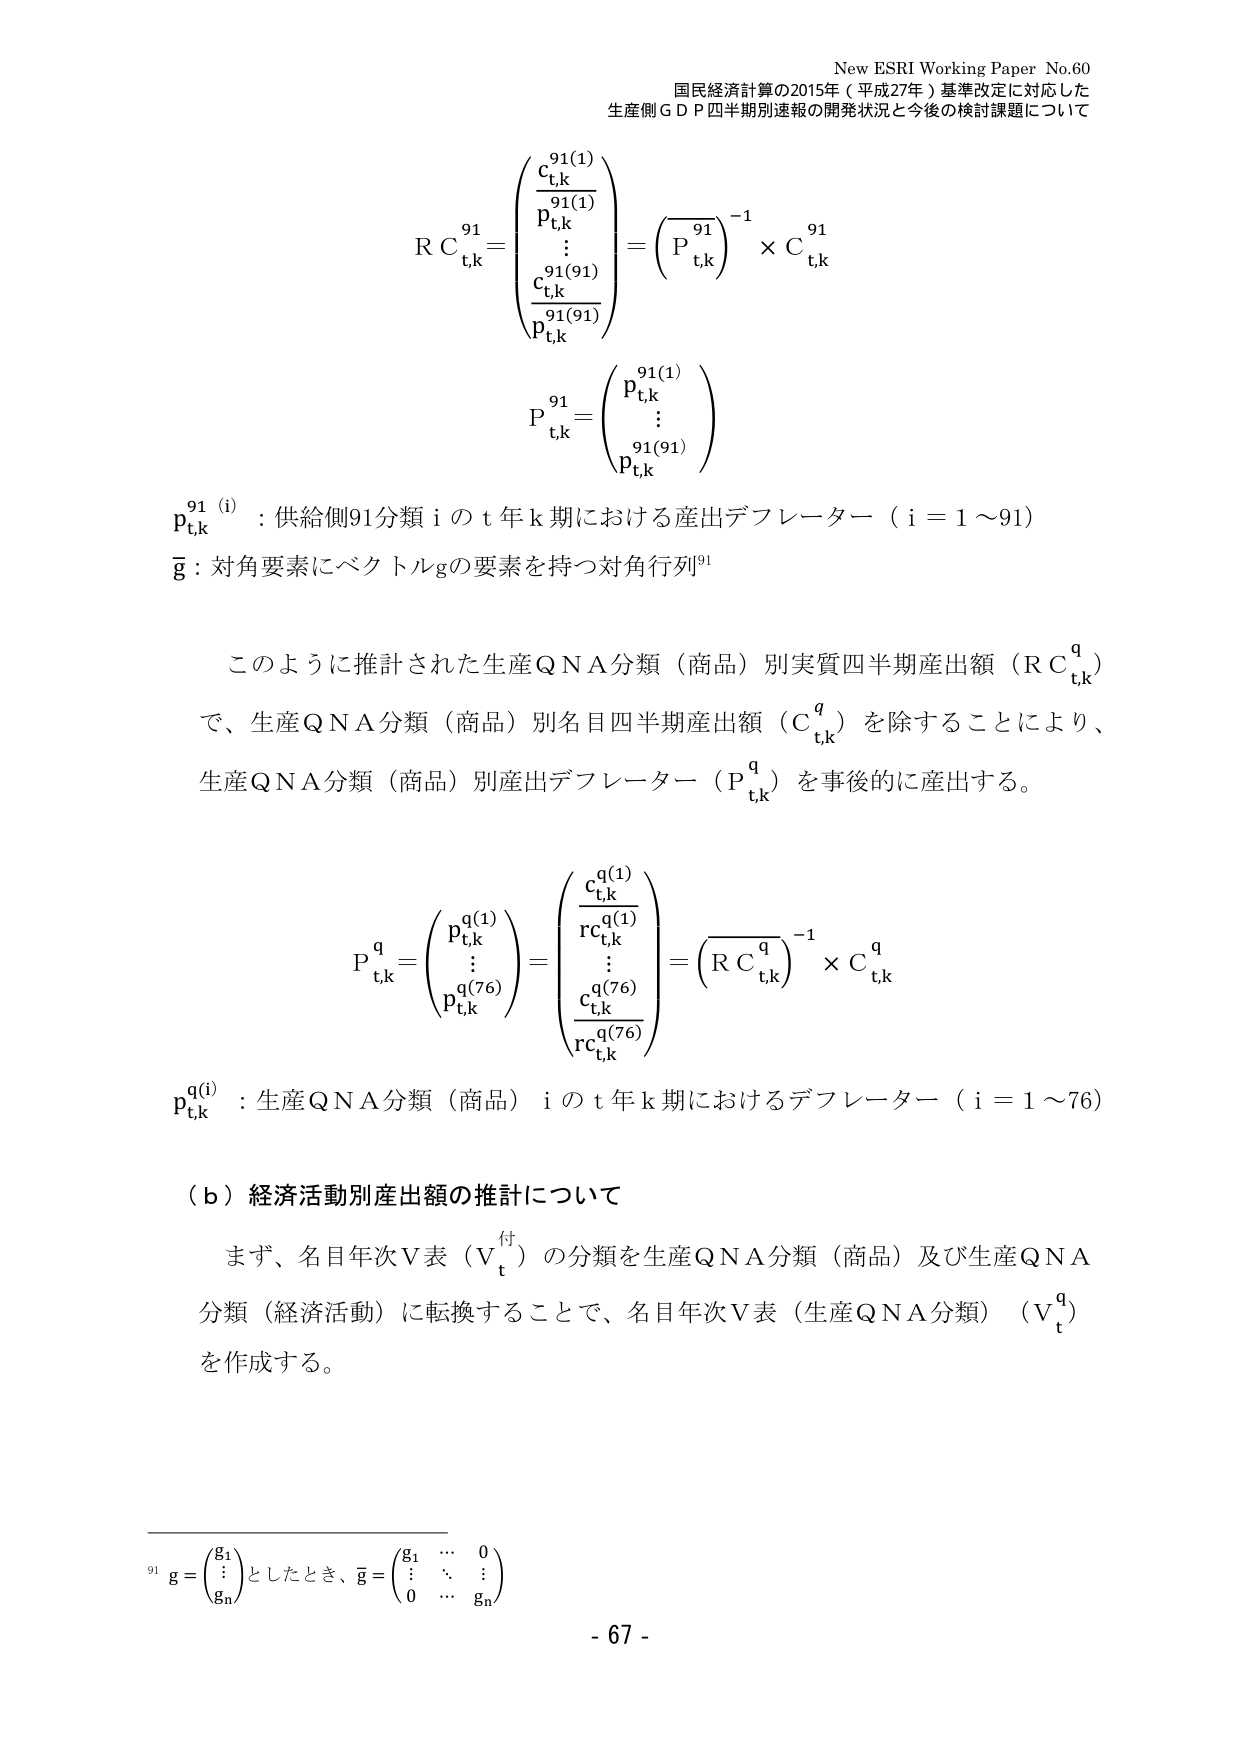
New ESRI Working Paper No.60
国民経済計算の2015年（平成27年）基準改定に対応した
生産側ＧＤＰ四半期別速報の開発状況と今後の検討課題について

R C<sub>t,k</sub><sup>91</sup> =
⎛
⎜
⎜
⎜
⎜
⎝
c<sub>t,k</sub><sup>91(1)</sup> / p<sub>t,k</sub><sup>91(1)</sup>
⋮
c<sub>t,k</sub><sup>91(91)</sup> / p<sub>t,k</sub><sup>91(91)</sup>
⎞
⎟
⎟
⎟
⎟
⎠
= (P<sub>t,k</sub><sup>91</sup>)<sup>-1</sup> × C<sub>t,k</sub><sup>91</sup>

P<sub>t,k</sub><sup>91</sup> =
⎛
⎜
⎜
⎝
p<sub>t,k</sub><sup>91(1)</sup>
⋮
p<sub>t,k</sub><sup>91(91)</sup>
⎞
⎟
⎟
⎠

p<sub>t,k</sub><sup>91(i)</sup> : 供給側91分類 i の t 年 k 期における産出デフレーター（i = 1～91）
g̅ : 対角要素にベクトルgの要素を持つ対角行列<sup>91</sup>

このように推計された生産QNA分類（商品）別実質四半期産出額（R C<sub>t,k</sub><sup>q</sup>）
で、生産QNA分類（商品）別名目四半期産出額（C<sub>t,k</sub><sup>q</sup>）を除することにより、
生産QNA分類（商品）別産出デフレーター（P<sub>t,k</sub><sup>q</sup>）を事後的に産出する。

P<sub>t,k</sub><sup>q</sup> =
⎛
⎜
⎜
⎝
p<sub>t,k</sub><sup>q(1)</sup>
⋮
p<sub>t,k</sub><sup>q(76)</sup>
⎞
⎟
⎟
⎠
=
⎛
⎜
⎜
⎜
⎜
⎝
c<sub>t,k</sub><sup>q(1)</sup> / r c<sub>t,k</sub><sup>q(1)</sup>
⋮
c<sub>t,k</sub><sup>q(76)</sup> / r c<sub>t,k</sub><sup>q(76)</sup>
⎞
⎟
⎟
⎟
⎟
⎠
= (R C<sub>t,k</sub><sup>q</sup>)<sup>-1</sup> × C<sub>t,k</sub><sup>q</sup>

p<sub>t,k</sub><sup>q(i)</sup> : 生産QNA分類（商品）i の t 年 k 期におけるデフレーター（i = 1～76）

（ｂ）経済活動別産出額の推計について
まず、名目年次V表（V<sub>t</sub><sup>付</sup>）の分類を生産QNA分類（商品）及び生産QNA
分類（経済活動）に転換することで、名目年次V表（生産QNA分類）（V<sub>t</sub><sup>q</sup>）
を作成する。

<sup>91</sup> g =
⎛
⎜
⎝
g<sub>1</sub>
⋮
g<sub>n</sub>
⎞
⎟
⎠
としたとき、g̅ =
⎛
⎜
⎝
g<sub>1</sub> ⋯ 0
⋮ ⋱ ⋮
0 ⋯ g<sub>n</sub>
⎞
⎟
⎠

- 67 -